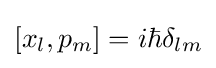
[x_{l},p_{m}]=i\hbar \delta _{lm}